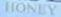
HONEY